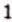
1